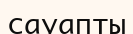
сауапты